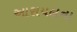
આરાયલના